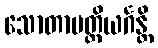
သောတာပတ္တိယင်္ဂန္တိ